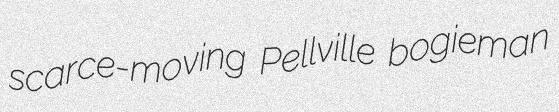
scarce-moving Pellville bogieman